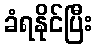
ခံရနိုင်ပြီး